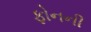
ફોનની